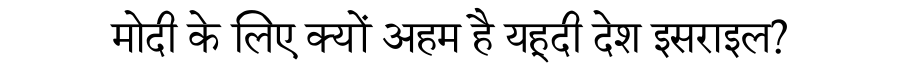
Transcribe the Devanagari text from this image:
मोदी के लिए क्यों अहम है यहूदी देश इसराइल?